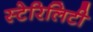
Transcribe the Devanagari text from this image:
स्टेरिलिटी